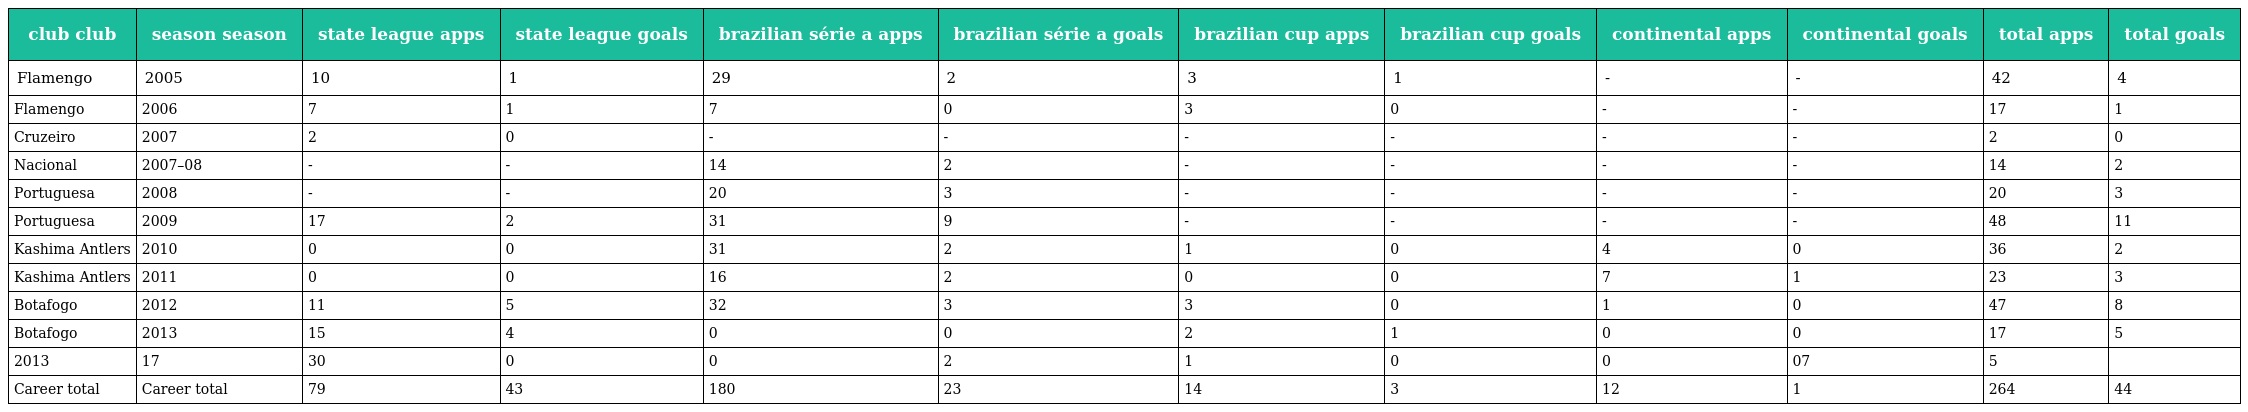
| club club | season season | state league apps | state league goals | brazilian série a apps | brazilian série a goals | brazilian cup apps | brazilian cup goals | continental apps | continental goals | total apps | total goals |
 | --- | --- | --- | --- | --- | --- | --- | --- | --- | --- | --- | --- |
 | Flamengo | 2005 | 10 | 1 | 29 | 2 | 3 | 1 | - | - | 42 | 4 |
 | Flamengo | 2006 | 7 | 1 | 7 | 0 | 3 | 0 | - | - | 17 | 1 |
 | Cruzeiro | 2007 | 2 | 0 | - | - | - | - | - | - | 2 | 0 |
 | Nacional | 2007–08 | - | - | 14 | 2 | - | - | - | - | 14 | 2 |
 | Portuguesa | 2008 | - | - | 20 | 3 | - | - | - | - | 20 | 3 |
 | Portuguesa | 2009 | 17 | 2 | 31 | 9 | - | - | - | - | 48 | 11 |
 | Kashima Antlers | 2010 | 0 | 0 | 31 | 2 | 1 | 0 | 4 | 0 | 36 | 2 |
 | Kashima Antlers | 2011 | 0 | 0 | 16 | 2 | 0 | 0 | 7 | 1 | 23 | 3 |
 | Botafogo | 2012 | 11 | 5 | 32 | 3 | 3 | 0 | 1 | 0 | 47 | 8 |
 | Botafogo | 2013 | 15 | 4 | 0 | 0 | 2 | 1 | 0 | 0 | 17 | 5 |
 | 2013 | 17 | 30 | 0 | 0 | 2 | 1 | 0 | 0 | 07 | 5 |  |
 | Career total | Career total | 79 | 43 | 180 | 23 | 14 | 3 | 12 | 1 | 264 | 44 |